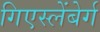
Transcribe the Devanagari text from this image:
गिएस्लेंबेर्ग